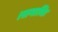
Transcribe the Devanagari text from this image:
।समाधिः